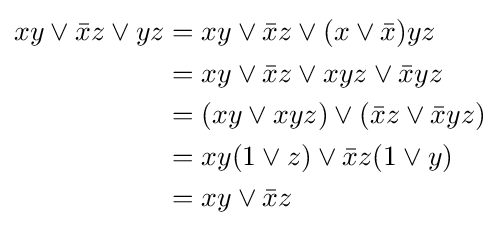
{\begin{aligned}xy\vee {\bar {x}}z\vee yz&=xy\vee {\bar {x}}z\vee (x\vee {\bar {x}})yz\\&=xy\vee {\bar {x}}z\vee xyz\vee {\bar {x}}yz\\&=(xy\vee xyz)\vee ({\bar {x}}z\vee {\bar {x}}yz)\\&=xy(1\vee z)\vee {\bar {x}}z(1\vee y)\\&=xy\vee {\bar {x}}z\end{aligned}}